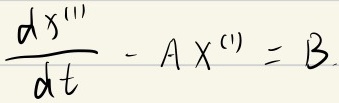
\[\frac{dx^{(1)}}{dt}-Ax^{(1)} = B\]